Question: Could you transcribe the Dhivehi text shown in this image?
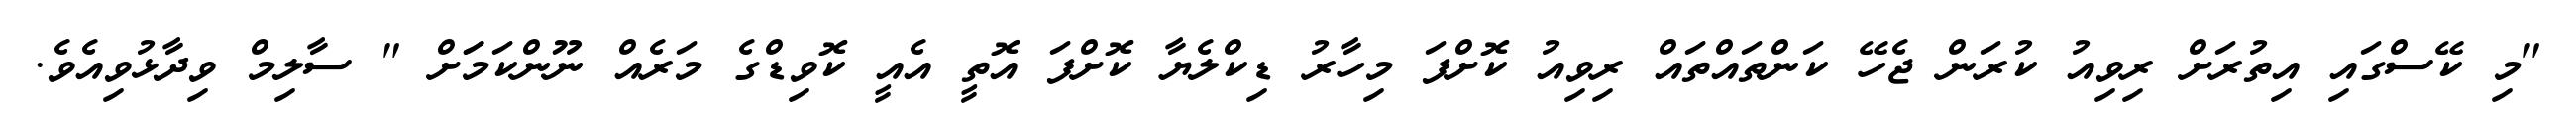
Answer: "މި ކޭސްގައި އިތުރަށް ރިވިއު ކުރަން ޖެހޭ ކަންތައްތައް ރިވިއު ކޮށްފަ މިހާރު ޑިކްލެޔާ ކޮށްފަ އޮތީ އެއީ ކޮވިޑްގެ މަރެއް ނޫންކަމަަށް " ސާލިމް ވިދާޅުވިއެވެ.